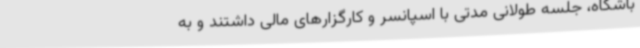
باشگاه، جلسه طولانی مدتی با اسپانسر و کارگزارهای مالی داشتند و به